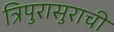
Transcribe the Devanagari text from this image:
त्रिपुरासुराची